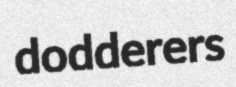
dodderers